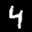
Label: 4